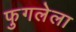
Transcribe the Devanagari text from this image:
फुगलेला